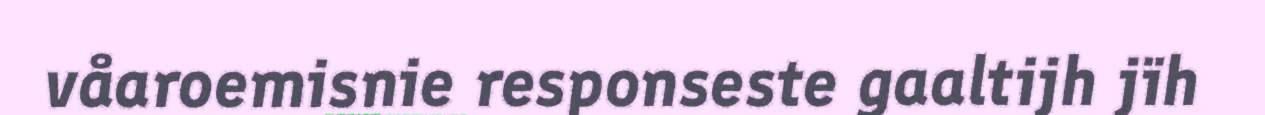
våaroemisnie responseste gaaltijh jïh